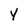
Character: Y